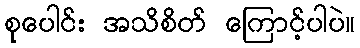
စုပေါင်း အသိစိတ် ကြောင့်ပါပဲ။